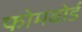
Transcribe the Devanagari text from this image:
फोमबोर्ड